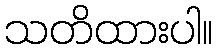
သတိထားပါ။